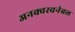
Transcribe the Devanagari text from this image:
अनक्वस्चनेबल